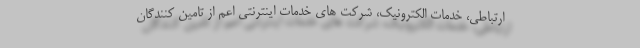
ارتباطی، خدمات الکترونیک، شرکت های خدمات اینترنتی اعم از تامین کنندگان